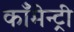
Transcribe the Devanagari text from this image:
काँमेन्ट्री